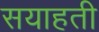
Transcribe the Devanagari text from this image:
सयाहती